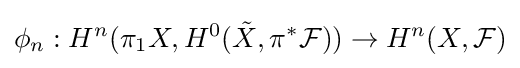
\phi _{n}:H^{n}(\pi _{1}X,H^{0}({\tilde {X}},\pi ^{*}{\mathcal {F}}))\to H^{n}(X,{\mathcal {F}})